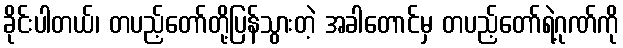
ခိုင်းပါတယ်၊ တပည့်တော်တို့ပြန်သွားတဲ့ အခါတောင်မှ တပည့်တော်ရဲ့ဂုဏ်ကို